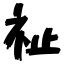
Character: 祉